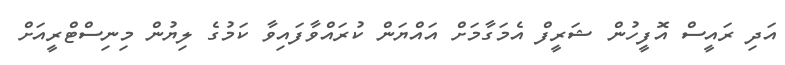
އަދި ރައީސް އޮފީހުން ޝަރީފް އެމަގާމަށް އައްޔަން ކުރައްވާފައިވާ ކަމުގެ ލިޔުން މިނިސްޓްރީއަށް